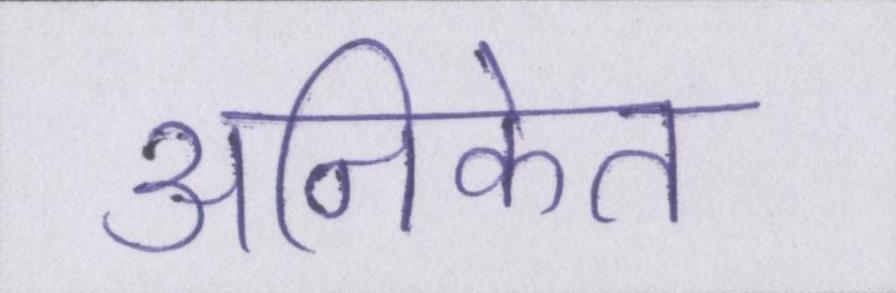
अनिकेत